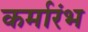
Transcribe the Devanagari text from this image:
कर्मारंभ